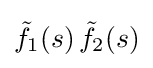
{\tilde {f}}_{1}(s)\,{\tilde {f}}_{2}(s)